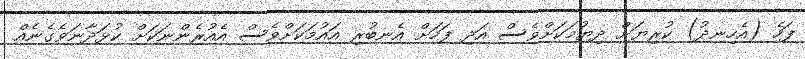
ފަހެ (އެހިނދު) ކުރިޔަށް ދިޔުމަކަށްވެސް އަދި ފަހަށް އެނބުރި އައުމަކަށްވެސް އެއުރެންނަކަށް ކުޅަދާނަވެގެނެއް